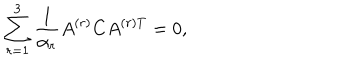
\sum _ { r = 1 } ^ { 3 } { \frac { 1 } { \alpha _ { r } } } A ^ { ( r ) } C A ^ { ( r ) T } = 0 ,